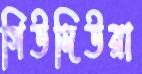
গিউদিউরা